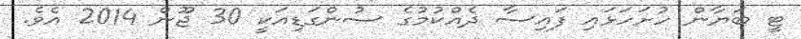
ޓީ ބަޔާން ހުށަހަޅައި ފައިސާ ދެއްކުމުގެ ސުންގަޑިއަކީ 30 ޖޫން 2014 އެވެ.